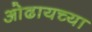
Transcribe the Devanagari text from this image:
ओढायच्या